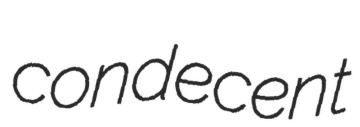
condecent